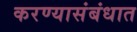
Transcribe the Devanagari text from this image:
करण्यासंबंधात